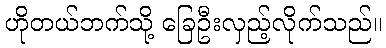
ဟိုတယ်ဘက်သို့ ခြေဦးလှည့်လိုက်သည်။